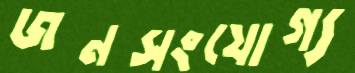
জনসংযোগ্য